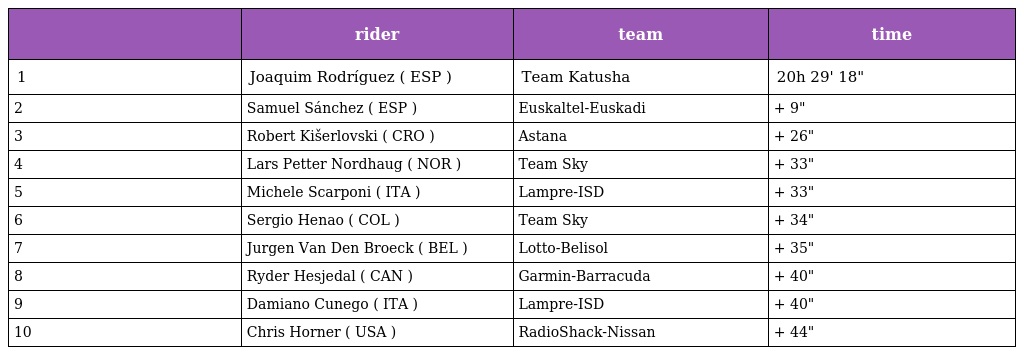
|  | rider | team | time |
 | --- | --- | --- | --- |
 | 1 | Joaquim Rodríguez ( ESP ) | Team Katusha | 20h 29' 18" |
 | 2 | Samuel Sánchez ( ESP ) | Euskaltel-Euskadi | + 9" |
 | 3 | Robert Kišerlovski ( CRO ) | Astana | + 26" |
 | 4 | Lars Petter Nordhaug ( NOR ) | Team Sky | + 33" |
 | 5 | Michele Scarponi ( ITA ) | Lampre-ISD | + 33" |
 | 6 | Sergio Henao ( COL ) | Team Sky | + 34" |
 | 7 | Jurgen Van Den Broeck ( BEL ) | Lotto-Belisol | + 35" |
 | 8 | Ryder Hesjedal ( CAN ) | Garmin-Barracuda | + 40" |
 | 9 | Damiano Cunego ( ITA ) | Lampre-ISD | + 40" |
 | 10 | Chris Horner ( USA ) | RadioShack-Nissan | + 44" |